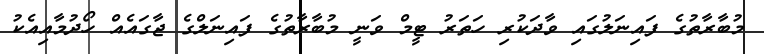
މުބާރާތުގެ ފައިނަލުގައި ވާދަކުރި ހަތަރު ޓީމް ވަނީ މުބާރާތުގެ ފައިނަލްގެ ޖާގައެއް ހޯދުމާއިއެކު